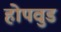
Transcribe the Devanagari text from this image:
होपवुड